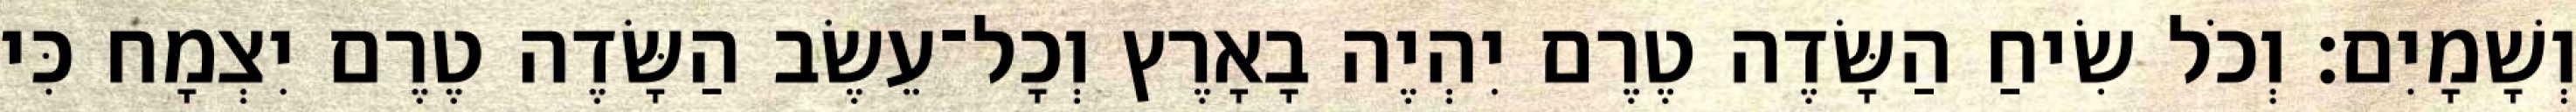
וְשָׁמָיִם׃ וְכֹל שִׂיחַ הַשָּׂדֶה טֶרֶם יִהְיֶה בָאָרֶץ וְכָל־עֵשֶׂב הַשָּׂדֶה טֶרֶם יִצְמָח כִּי